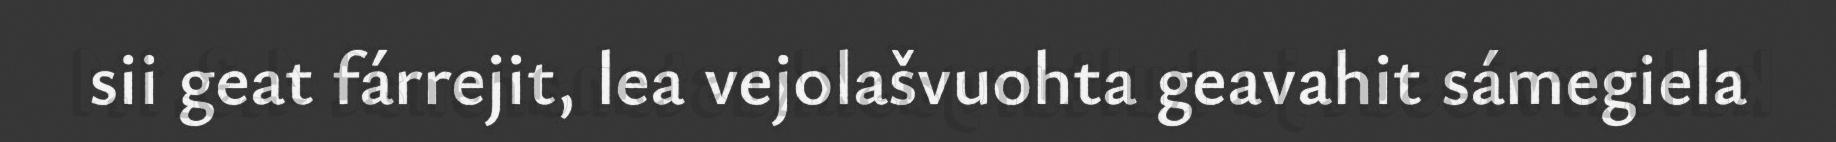
sii geat fárrejit, lea vejolašvuohta geavahit sámegiela